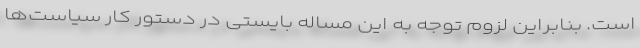
است. بنابراین لزوم توجه به این مساله بایستی در دستور کار سیاست‌ها